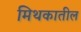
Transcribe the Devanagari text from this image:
मिथकातील